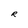
Character: R